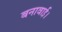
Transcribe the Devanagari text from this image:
बनावाई।